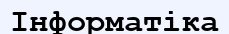
Інформатіка